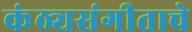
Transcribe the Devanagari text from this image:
कंठ्यसंगीताचे